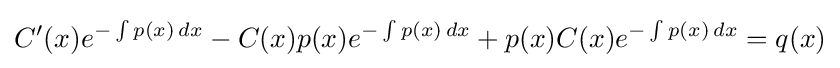
C'(x)e^{-\int p(x)\,dx}-C(x)p(x)e^{-\int p(x)\,dx}+p(x)C(x)e^{-\int p(x)\,dx}=q(x)